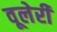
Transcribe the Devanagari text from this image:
वूलेरी